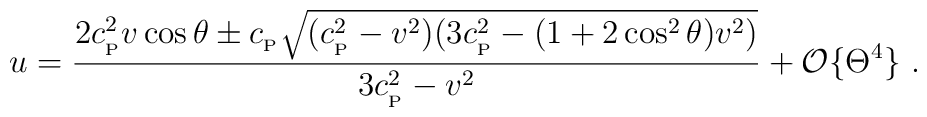
u={2c_{_{\rm P}}^2 v\cos\theta \pm c_{_{\rm P}}\sqrt {\big(c_{_{\rm  P}}^2-v^2\big)\big(3c_{_{\rm P}}^2-(1+2\cos^2\theta)v^2\big)}\over  3c_{_{\rm P}}^2-v^2}+{\cal O}\{\Theta^4\} \ .